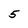
Character: 5